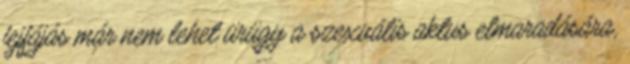
fejfájás már nem lehet ürügy a szexuális aktus elmaradására,